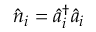
\hat { n } _ { i } = \hat { a } _ { i } ^ { \dagger } \hat { a } _ { i }